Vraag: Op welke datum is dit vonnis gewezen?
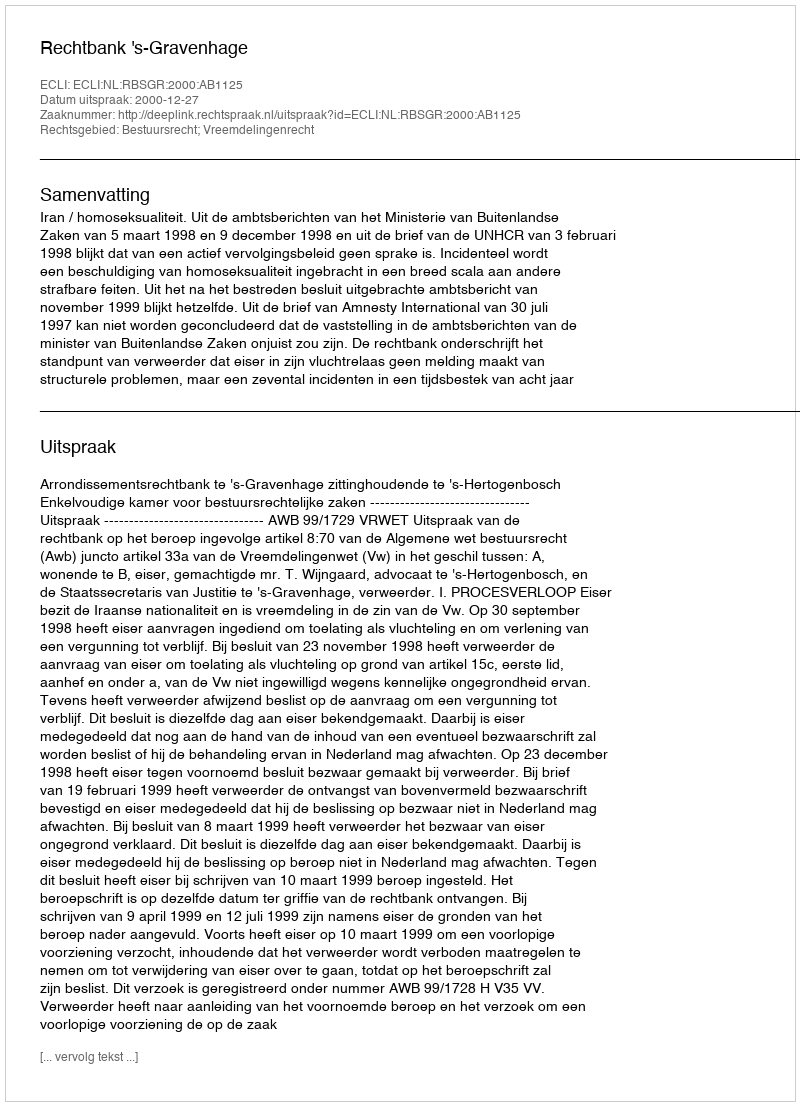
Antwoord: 2000-12-27